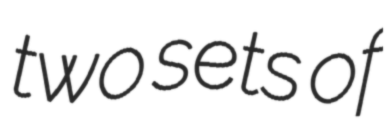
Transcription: two sets of